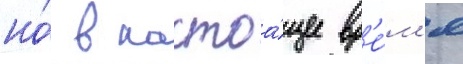
но́ в настоа́щее вр'е́м'я